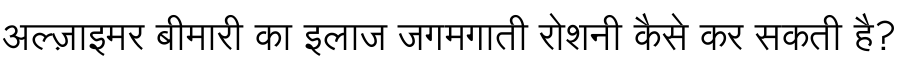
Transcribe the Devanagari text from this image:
अल्ज़ाइमर बीमारी का इलाज जगमगाती रोशनी कैसे कर सकती है?